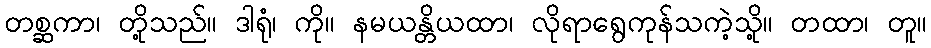
တစ္ဆကာ၊ တို့သည်။ ဒါရုံ၊ ကို။ နမယန္တိယထာ၊ လိုရာရွေကုန်သကဲ့သို့။ တထာ၊ တူ။